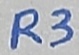
Text: R3